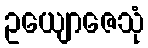
ဥယျောဇေသုံ